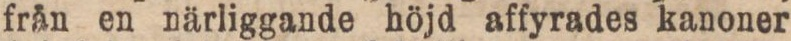
från en närliggande höjd affyrades kanoner